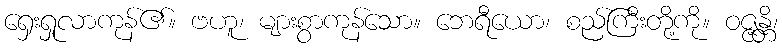
ရှေးရှုလာကုန်၏။ ဗဟူ၊ များစွာကုန်သော။ ဘေရီယော၊ စည်ကြီးတို့ကို။ ဝဇ္ဇန္တိ၊